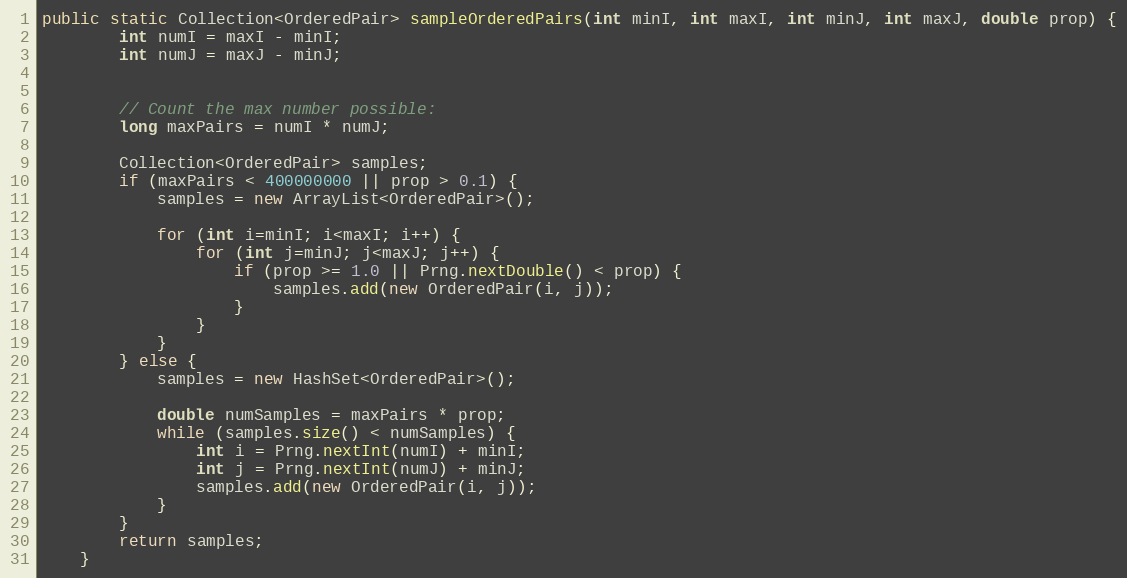
Language: Java
public static Collection<OrderedPair> sampleOrderedPairs(int minI, int maxI, int minJ, int maxJ, double prop) {
        int numI = maxI - minI;
        int numJ = maxJ - minJ;

        // Count the max number possible:
        long maxPairs = numI * numJ;

        Collection<OrderedPair> samples;
        if (maxPairs < 400000000 || prop > 0.1) {
            samples = new ArrayList<OrderedPair>();

            for (int i=minI; i<maxI; i++) {
                for (int j=minJ; j<maxJ; j++) {
                    if (prop >= 1.0 || Prng.nextDouble() < prop) {
                        samples.add(new OrderedPair(i, j));
                    }
                }
            }
        } else {
            samples = new HashSet<OrderedPair>();

            double numSamples = maxPairs * prop;
            while (samples.size() < numSamples) {
                int i = Prng.nextInt(numI) + minI;
                int j = Prng.nextInt(numJ) + minJ;
                samples.add(new OrderedPair(i, j));
            }
        }
        return samples;
    }